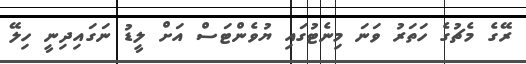
ރޭގެ މެޗުގެ ހަތަރު ވަނަ މިނެޓުގައި ޔުވެންޓަސް އަށް ލީޑު ނަގައިދިނީ ހިލޭ